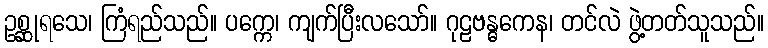
ဥစ္ဆုရသေ၊ ကြံရည်သည်။ ပက္ကေ၊ ကျက်ပြီးလသော်။ ဂုဠဗန္ဓကေန၊ တင်လဲ ဖွဲ့တတ်သူသည်။